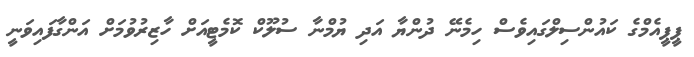
ޕީޕީއެމްގެ ކައުންސިލްގައިވެސް ހިމެނޭ ދުންޔާ އަދި ޔުމްނާ ސުލޫކް ކޮމެޓީއަށް ހާޒިރުވުމަށް އަންގާފައިވަނީ